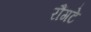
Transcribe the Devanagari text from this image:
रौंगटे